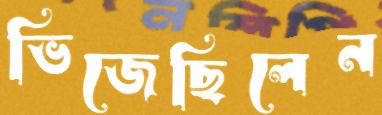
ভিজেছিলেন